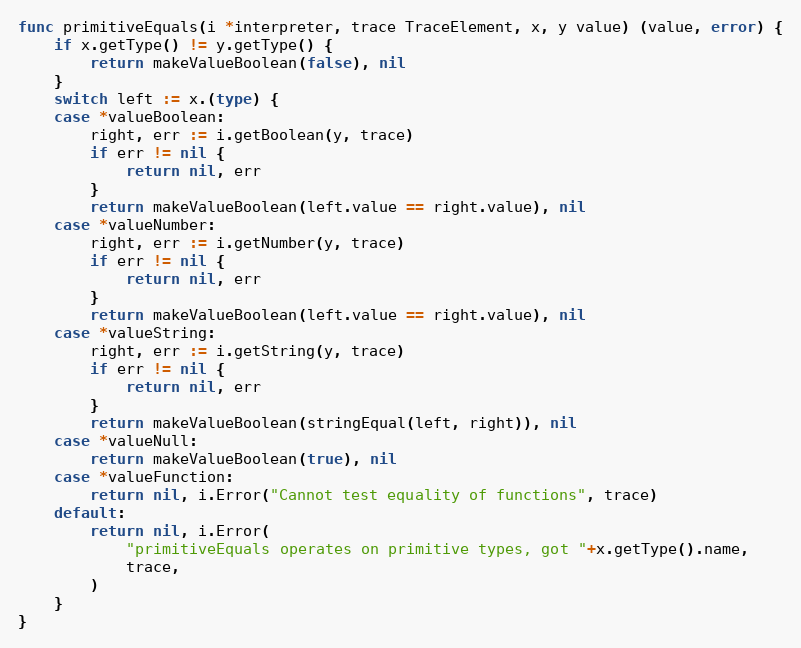
Language: Go
func primitiveEquals(i *interpreter, trace TraceElement, x, y value) (value, error) {
	if x.getType() != y.getType() {
		return makeValueBoolean(false), nil
	}
	switch left := x.(type) {
	case *valueBoolean:
		right, err := i.getBoolean(y, trace)
		if err != nil {
			return nil, err
		}
		return makeValueBoolean(left.value == right.value), nil
	case *valueNumber:
		right, err := i.getNumber(y, trace)
		if err != nil {
			return nil, err
		}
		return makeValueBoolean(left.value == right.value), nil
	case *valueString:
		right, err := i.getString(y, trace)
		if err != nil {
			return nil, err
		}
		return makeValueBoolean(stringEqual(left, right)), nil
	case *valueNull:
		return makeValueBoolean(true), nil
	case *valueFunction:
		return nil, i.Error("Cannot test equality of functions", trace)
	default:
		return nil, i.Error(
			"primitiveEquals operates on primitive types, got "+x.getType().name,
			trace,
		)
	}
}